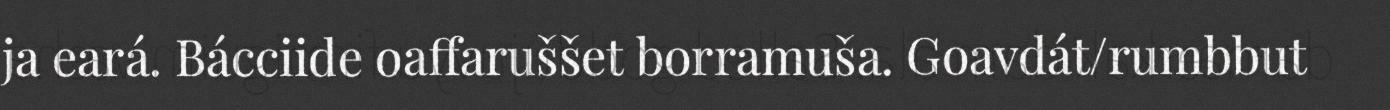
ja eará. Bácciide oaffaruššet borramuša. Goavdát/rumbbut